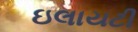
ઇલાયટી